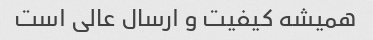
همیشه کیفیت و ارسال عالی است